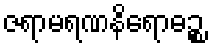
ဇရာမရဏနိရောဓဉ္စ